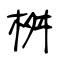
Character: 桝